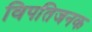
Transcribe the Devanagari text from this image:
विपतिजनक